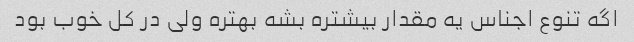
اگه تنوع اجناس یه مقدار بیشتره بشه بهتره ولی در کل خوب بود